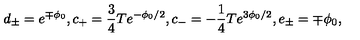
d _ { \pm } = e ^ { \mp \phi _ { 0 } } , c _ { + } = \frac { 3 } { 4 } T e ^ { - \phi _ { 0 } / 2 } , c _ { - } = - \frac { 1 } { 4 } T e ^ { 3 \phi _ { 0 } / 2 } , e _ { \pm } = \mp \phi _ { 0 } ,